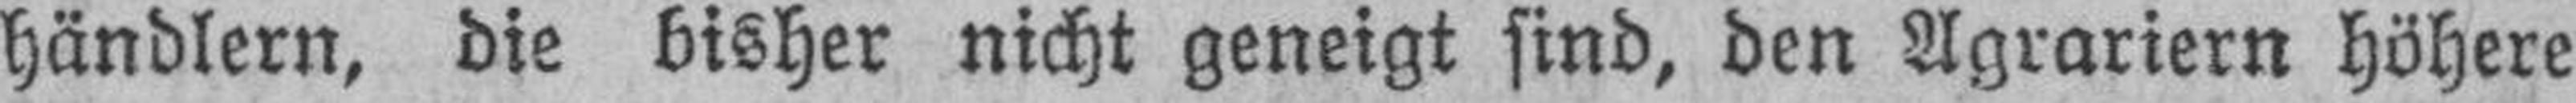
händlern, die bisher nicht geneigt sind, den Agrariern höhere